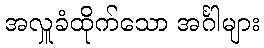
အလှူခံထိုက်သော အင်္ဂါများ